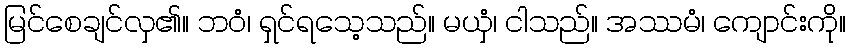
မြင်စေချင်လှ၏။ ဘဝံ၊ ရှင်ရသေ့သည်။ မယှံ၊ ငါသည်။ အဿမံ၊ ကျောင်းကို။